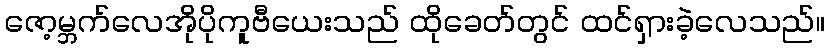
ဇော့မ္ဘက်လေအိုပိုကူဗီယေးသည် ထိုခေတ်တွင် ထင်ရှားခဲ့လေသည်။